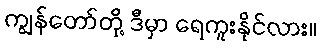
ကျွန်တော်တို့ ဒီမှာ ရေကူးနိုင်လား။